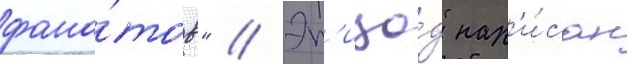
фана́тов" // Эп'изо́д нап'и́сан